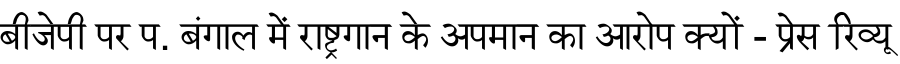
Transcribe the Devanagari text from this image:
बीजेपी पर प. बंगाल में राष्ट्रगान के अपमान का आरोप क्यों - प्रेस रिव्यू